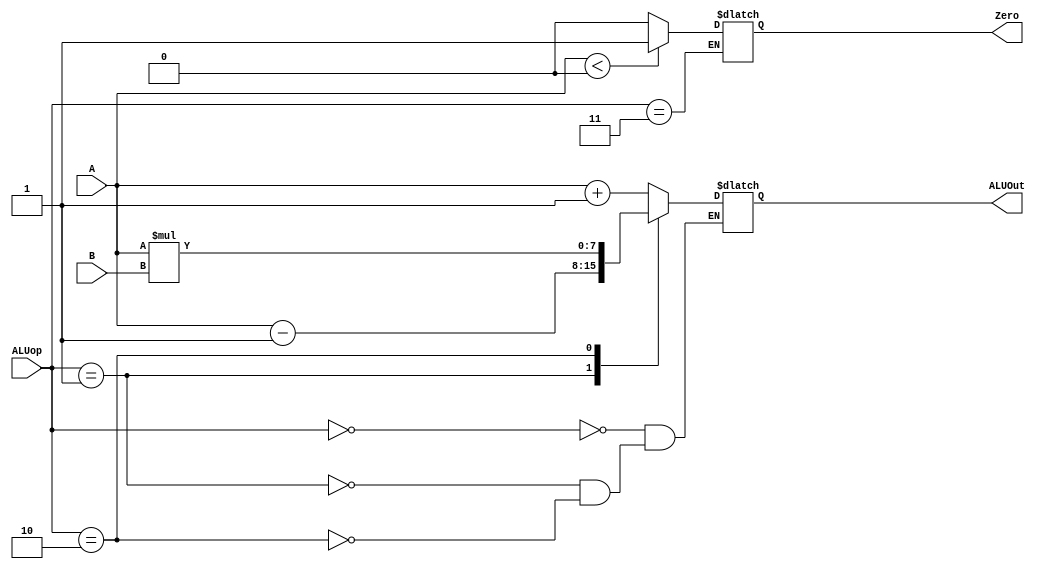
module Ula(ALUop, A, B, ALUOut, Zero);
 input [1:0] ALUop;
 input [7:0] A,B; 
 output reg [7:0] ALUOut;
 output reg Zero;
 
 
 initial 
 begin
 Zero = 0;
 end
 
 always @(ALUop, A, B) begin //reevaluate if these change
 case (ALUop)
 0: ALUOut <= A + 1;
 1: ALUOut <= A - 1;
 2: ALUOut <= A * B;  
 3: Zero <= A < 0 ? 1 : 0; 
 default: ALUOut <= 0;
 endcase
 end
endmodule